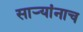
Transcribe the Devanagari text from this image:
साऱ्यांनाच